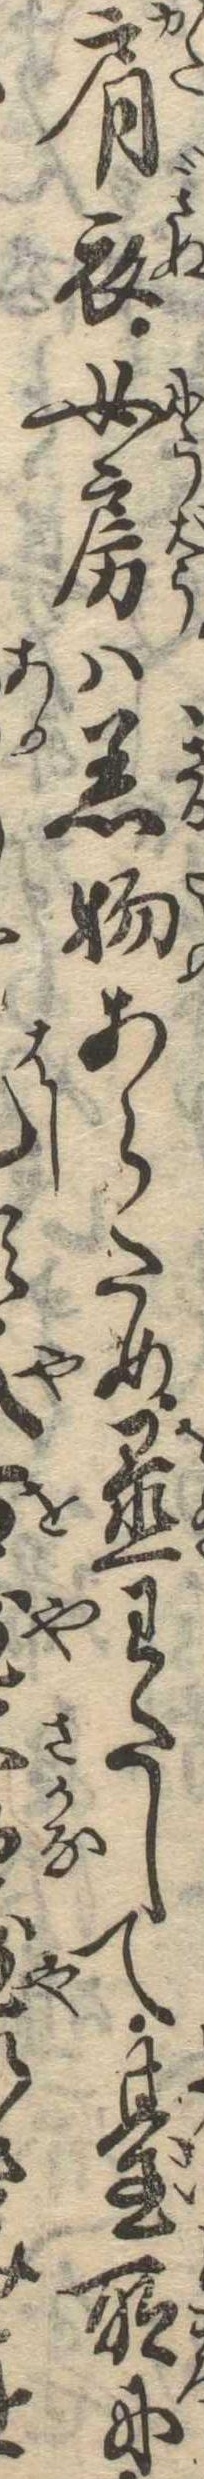
肩衣女房は着物あらため置わたして台所にさ